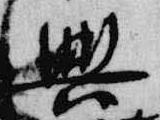
興